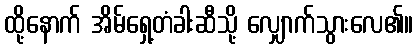
ထို့နောက် အိမ်ရှေ့တံခါးဆီသို့ လျှောက်သွားလေ၏။